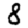
Digit: 8